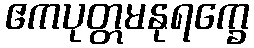
ဧကပုတ္တမနုရက္ခေ